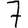
Digit: 7